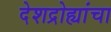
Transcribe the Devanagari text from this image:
देशद्रोह्यांचा